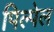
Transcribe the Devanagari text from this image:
पिल्पेल